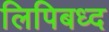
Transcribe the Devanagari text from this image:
लिपिबध्द